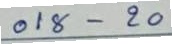
018 - 20